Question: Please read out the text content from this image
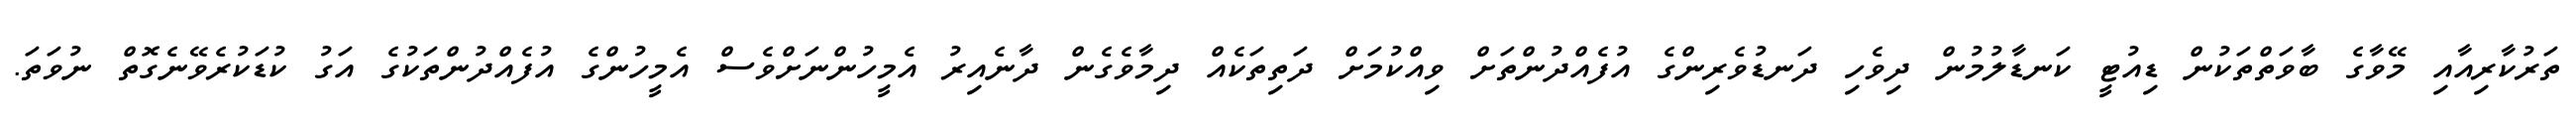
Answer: ތަރުކާރިއާއި މޭވާގެ ބާވަތްތަކުން ޑިއުޓީ ކަނޑާލުމުން ދިވެހި ދަނޑުވެރިންގެ އުފެއްދުންތަށް ވިއްކުމަށް ދަތިތަކެއް ދިމާވެގެން ދާނެއިރު އެމީހުންނަށްވެސް އެމީހުންގެ އުފެއްދުންތަކުގެ އަގު ކުޑަކުރެވޭނެގޮތް ނުވަތަ.